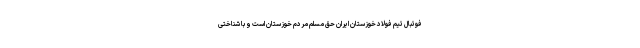
فوتبال تیم فولاد خوزستان ایران حق مسلم مردم خوزستان است و با شناختی